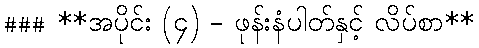
### **အပိုင်း (၄) - ဖုန်းနံပါတ်နှင့် လိပ်စာ**